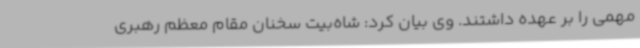
مهمی را بر عهده داشتند. وی بیان کرد: شاه‌بیت سخنان مقام معظم رهبری